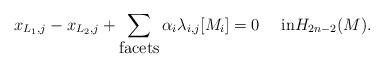
LaTeX: \begin{align*}x_{L_1,j}-x_{L_2,j} +\sum_{\mbox{facets}}\alpha_i\lambda_{i,j}[M_i]=0\quad\mbox{ in}H_{2n-2}(M).\end{align*}